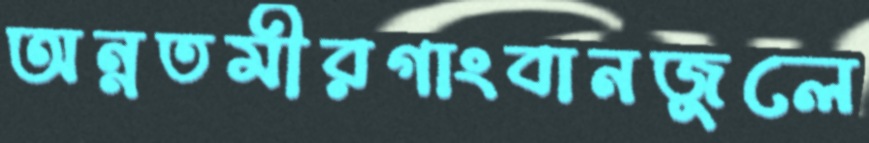
অন্নতমীরগাংবানজুলে